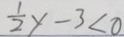
\frac { 1 } { 2 } y - 3 < 0